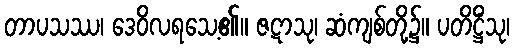
တာပသဿ၊ ဒေဝိလရသေ့၏။ ဇဋာသု၊ ဆံကျစ်တို့၌။ ပတိဋ္ဌိံသု၊